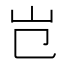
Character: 𡴼